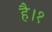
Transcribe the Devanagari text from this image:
है।१